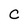
Character: C